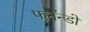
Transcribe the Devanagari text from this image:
फर्नॅन्डो